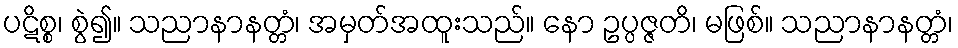
ပဋိစ္စ၊ စွဲ၍။ သညာနာနတ္တံ၊ အမှတ်အထူးသည်။ နော ဥပ္ပဇ္ဇတိ၊ မဖြစ်။ သညာနာနတ္တံ၊